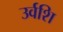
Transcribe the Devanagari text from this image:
उर्वशि